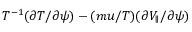
T ^ { - 1 } ( \partial T / \partial \psi ) - ( m u / T ) ( \partial V _ { \parallel } / \partial \psi )